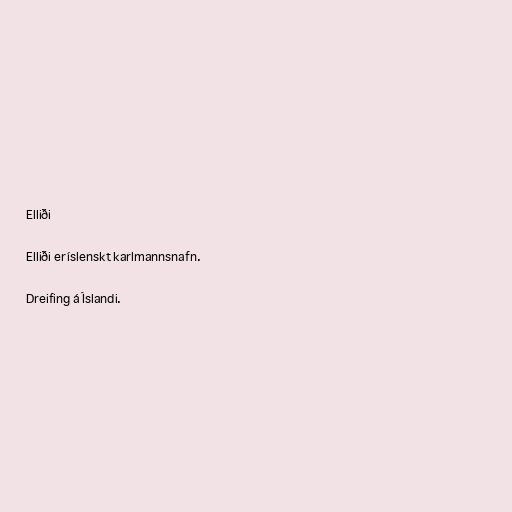
Elliði

Elliði er íslenskt karlmannsnafn.

Dreifing á Íslandi.